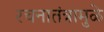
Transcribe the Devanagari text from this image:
रचनातंत्रामुळे